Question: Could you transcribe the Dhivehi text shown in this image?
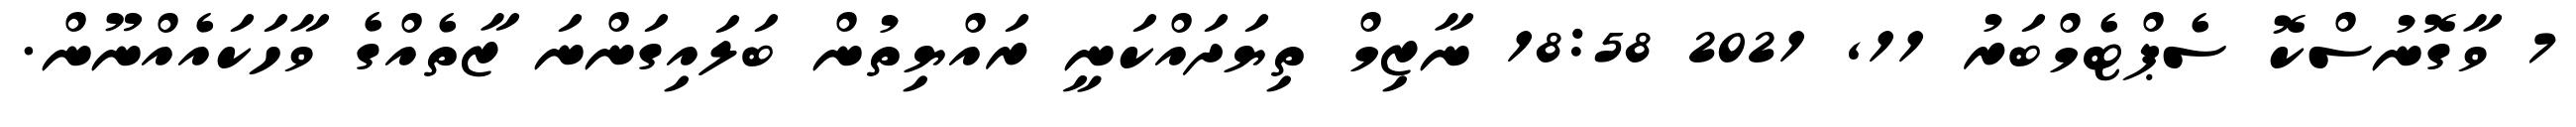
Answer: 7 ވާގޮނުސްކޮ ސެޕްޓެމްބަރު 11, 2021 18:58 ނާޒިމް ތިޔަދައްކަނީ ރައްޔިތުން ބަލައިގަންނަ ޒާތެއްގެ ވާހަކައެއްނޫން.